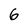
Character: 6